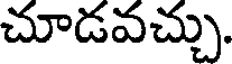
చూడవచ్చు.